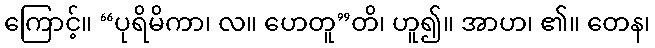
ကြောင့်။ “ပုရိမိကာ၊ လ။ ဟေတူ”တိ၊ ဟူ၍။ အာဟ၊ ၏။ တေန၊